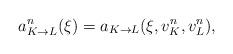
LaTeX: \begin{align*}a_{K\to L}^n(\xi)=a_{K\to L}(\xi,v_K^n,v_L^n),\end{align*}